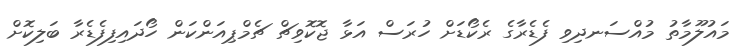
މައުލޫމާތު މުއްސަނދިވި ފެޑެރާގެ ރެކޯޑަށް ހުރަސް އަޅާ ޖޮކޮވިޗް ޗެމްޕިއަންކަން ހޯދައިފިފެޑެރާ ބަލިކޮށް